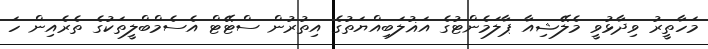
މަހާތީރު ވިދާޅުވީ މެލޭޝިއާ ޕާލަމެންޓުގެ އަޣުލަބިއްޔަތުގެ އިތުރުން ސްޓޭޓް އެސެމްބްލީތަކުގެ ތެރެއިން ހަ